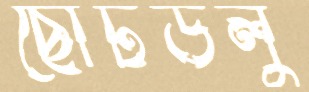
ছোটডলু